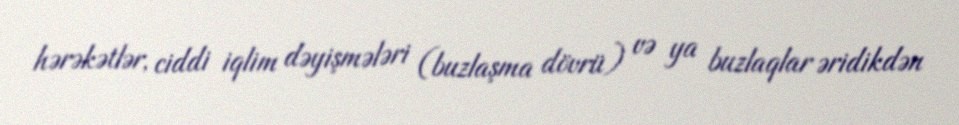
hərəkətlər, ciddi iqlim dəyişmələri (buzlaşma dövrü) və ya buzlaqlar əridikdən